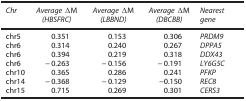
| Chr | Average ΔM (HBSFRC) | Average ΔM (LBBND) | Average ΔM (DBCBB) | Nearest gene |
 | --- | --- | --- | --- | --- |
 | chr5 | 0.351 | 0.153 | 0.306 | PRDM9 |
 | chr6 | 0.314 | 0.240 | 0.267 | DPPA5 |
 | chr6 | 0.394 | 0.219 | 0.318 | DDX43 |
 | chr6 | −0.263 | −0.156 | −0.191 | LY6G5C |
 | chr10 | 0.365 | 0.286 | 0.241 | PFKP |
 | chr14 | −0.368 | −0.129 | −0.150 | REC8 |
 | chr15 | 0.715 | 0.269 | 0.301 | CERS3 |